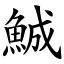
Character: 鯎